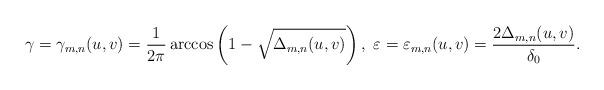
LaTeX: \begin{align*}\gamma=\gamma_{m,n}(u,v) = \frac{1}{2\pi}\arccos\left(1-\sqrt{\Delta_{m,n}(u,v)}\right),\ \varepsilon=\varepsilon_{m,n}(u,v) =\frac{2\Delta_{m,n}(u,v)}{\delta_0}.\end{align*}